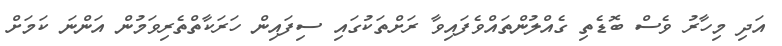
އަދި މިހާރު ވެސް ބޮޑެތި ގެއްލުންތައްވެފައިވާ ރަށްތަކުގައި ސިފައިން ހަރަކާތްތެރިވަމުން އަންނަ ކަމަށް